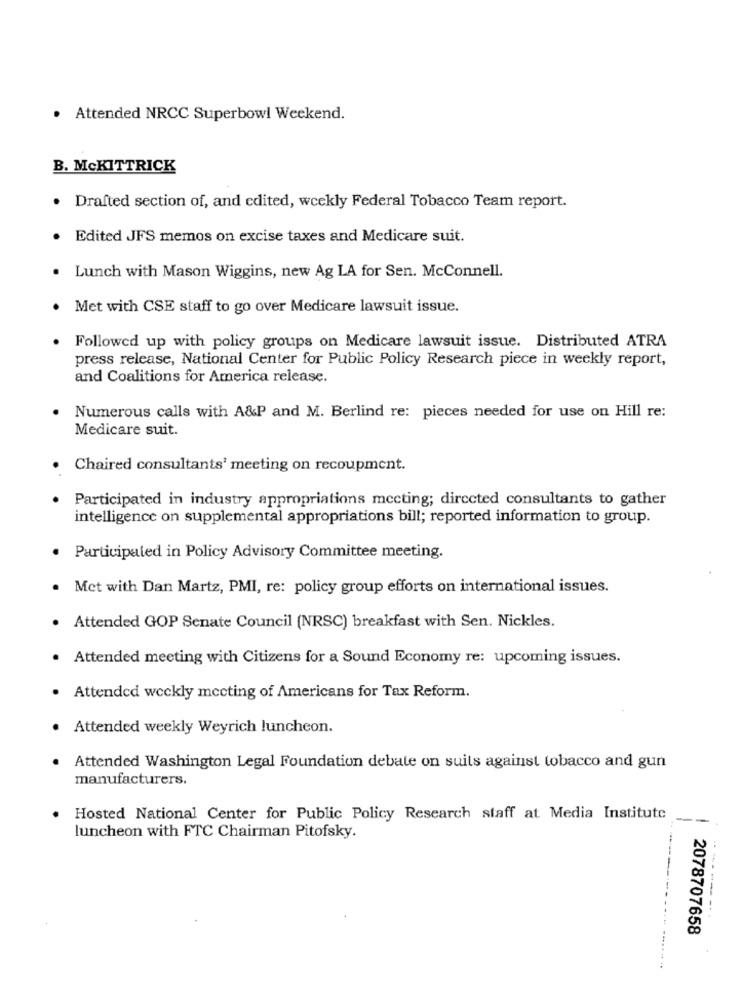
· Attended NRCC Superbowl Weekend.
B. McKITTRICK
· Drafted section of, and edited, weekly Federal Tobacco Team report.
Edited JFS memos on excise taxes and Medicare suit.
Lunch with Mason Wiggins, new Ag LA for Sen. McConnell.
Met with CSE staff to go over Medicare lawsuit issue.
Followed up with policy groups on Medicare lawsuit issue. Distributed ATRA
press release, National Center for Public Policy Research piece in weekly report,
and Coalitions for America release.
Numerous calls with A&P and M. Berlind re: pieces needed for use on Hill re:
Medicare suit.
Chaired consultants' meeting on recoupment.
Participated in industry appropriations mecting; directed consultants to gather
intelligence on supplemental appropriations bill; reported information to group.
Participated in Policy Advisory Committee meeting.
Met with Dan Martz, PMI, re: policy group efforts on international issues.
Attended GOP Senate Council (NRSC) breakfast with Sen. Nickles.
Attended meeting with Citizens for a Sound Economy re: upcoming issues.
Attended weekly meeting of Americans for Tax Reform.
Attended weekly Weyrich luncheon.
Attended Washington Legal Foundation debate on suits against tobacco and gun
manufacturers.
Hosted National Center for Public Policy Research staff at Media Institute
--
luncheon with FTC Chairman Pitofsky.
------..
2078707658